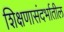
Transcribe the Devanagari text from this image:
शिक्षणासंदर्भातील